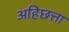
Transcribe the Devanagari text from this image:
अहिछत्ता